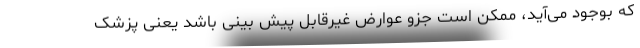
که بوجود می‌آید، ممکن است جزو عوارض غیرقابل پیش بینی باشد یعنی پزشک